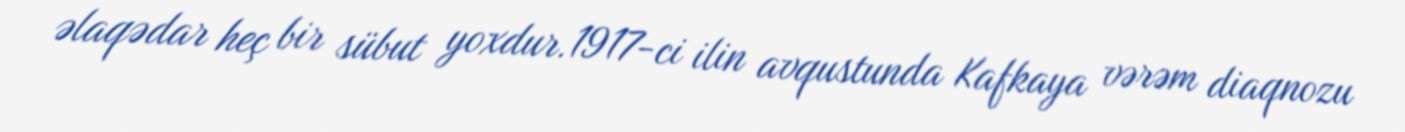
əlaqədar heç bir sübut yoxdur.1917-ci ilin avqustunda Kafkaya vərəm diaqnozu